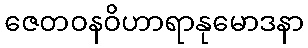
ဇေတဝနဝိဟာရာနုမောဒနာ